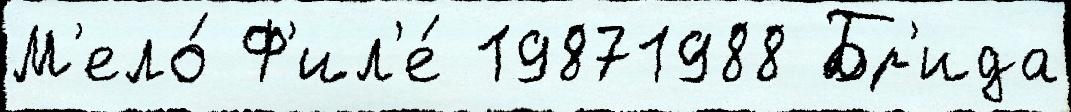
М'ело́ Ф'ил'е́ 19871988 Бр'ида